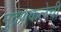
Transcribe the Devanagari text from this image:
मुद्रणकलेची